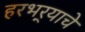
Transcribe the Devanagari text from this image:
हरभर्‍याचे